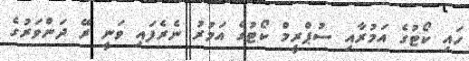
ހައި ކޯޓުގެ އަމުރާއި ސުޕްރީމް ކޯޓުގެ އަމުރު ނެރެފައި ވަނީ ރޭ ދަންވަރުގެ